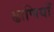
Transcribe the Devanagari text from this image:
ढाणियाँ